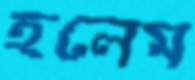
হলেম